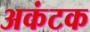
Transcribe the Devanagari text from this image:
अकंटक